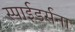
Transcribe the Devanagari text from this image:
स्पाईडर्सना